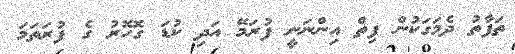
ތަފާތު ދެމަގަކުން ފިތް އިންނަނީ ފުރަމޭ އަދި ކުޑަ ގޮހޮރު ގެ ފުރަތަމަ